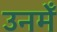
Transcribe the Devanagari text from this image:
उनमेँ